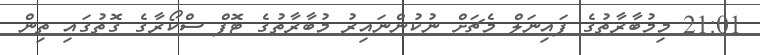
21:01 މިމުބާރާތުގެ ފައިނަލް މެޗަށް ނުކުންނައިރު މުބާރާތުގެ ޓޮޕް ސްކޯރާގެ ގޮތުގައި ތިން